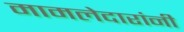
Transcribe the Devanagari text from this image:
मामलेदारांनी